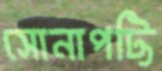
সোনাপট্টি